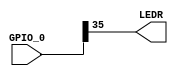
// test connection of sensor
module sensor(GPIO_0, LEDR);
input [35:0] GPIO_0;
output [0:0] LEDR;

assign LEDR[0] = GPIO_0 [35];
endmodule